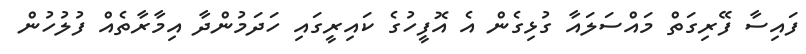
ފައިސާ ފޭރިގަތް މައްސަލައާ ގުޅިގެން އެ އޮފީހުގެ ކައިރީގައި ހަދަމުންދާ އިމާރާތެއް ފުލުހުން